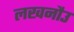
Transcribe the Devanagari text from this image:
लखनौउ